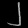
Digit: ၂